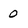
Character: 0